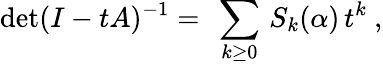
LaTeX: \mathrm{det}(I-tA)^{-1}=\ \sum_{k\geq 0}\, S_{k}({\mathbf\alpha})\, t^{k}\ ,